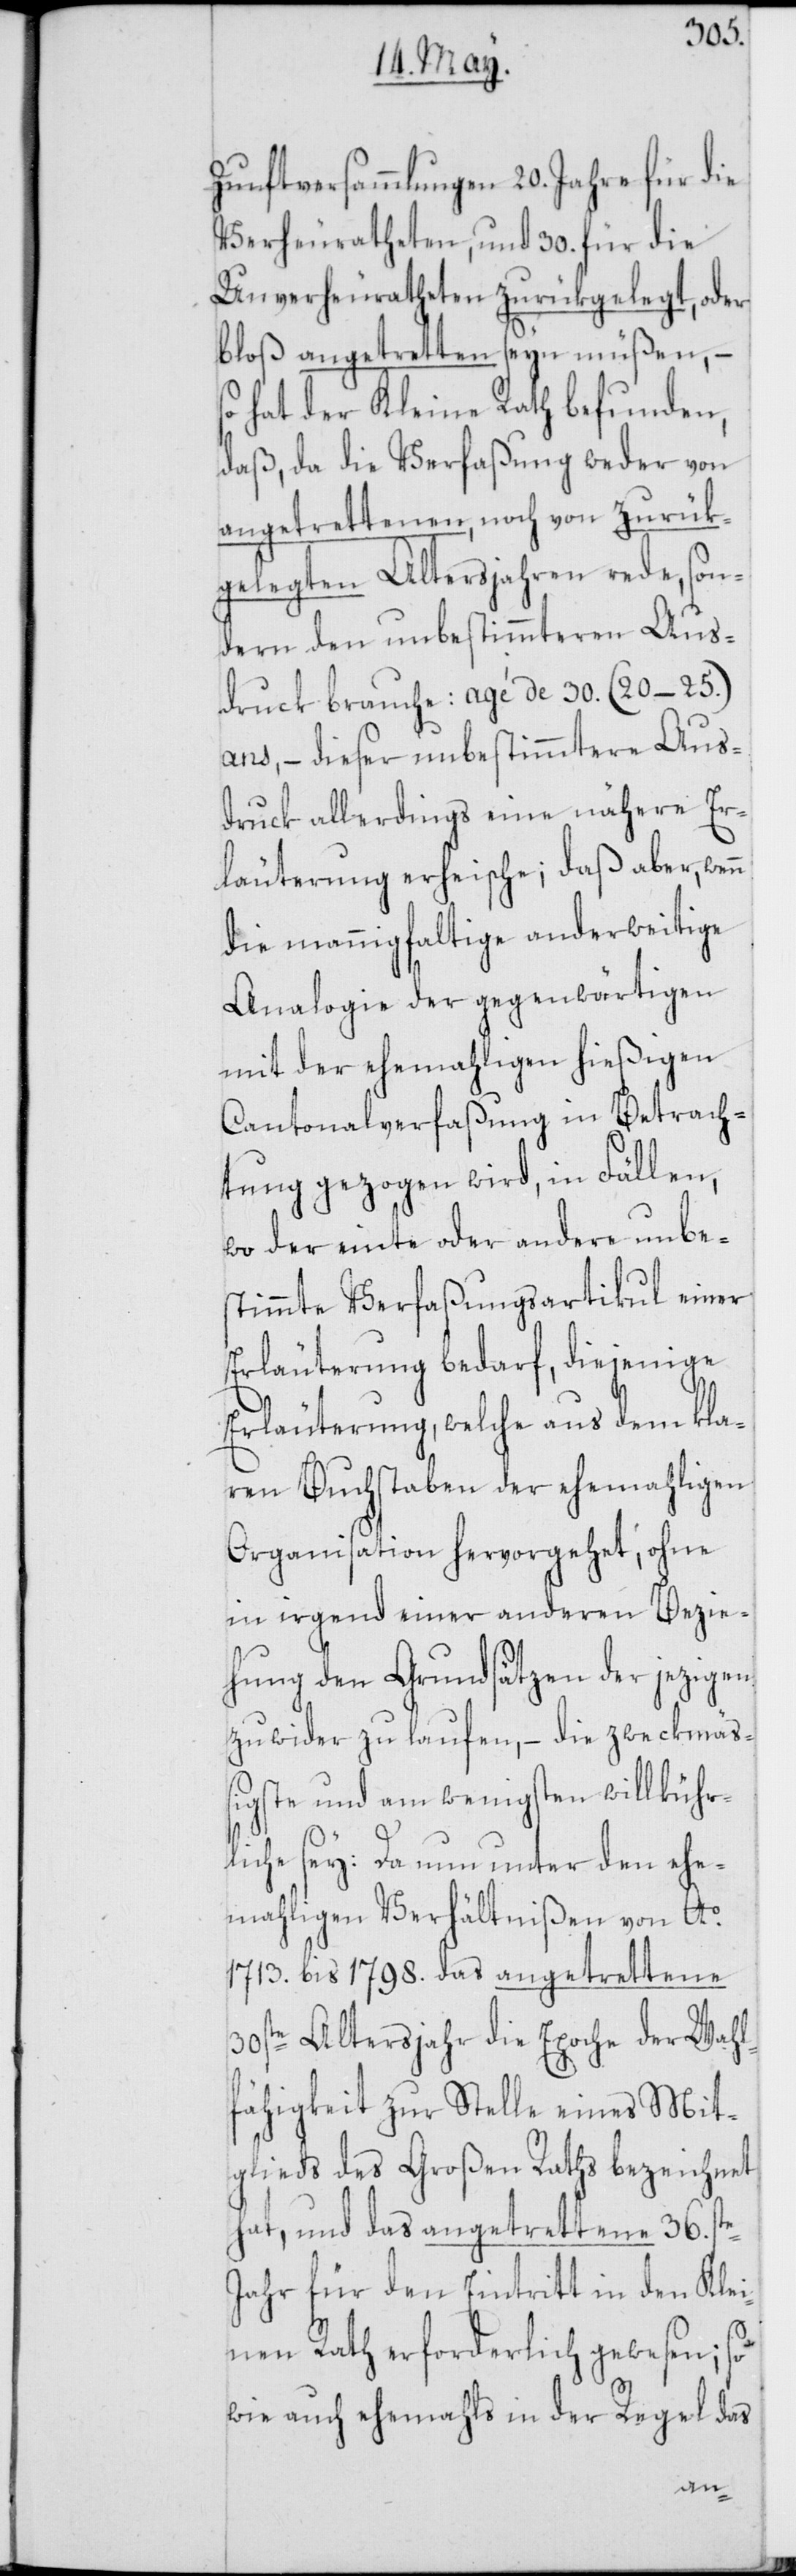
Zunftversammlungen 20. Jahre für die
Verheuratheten, und 30. für die
Unverheuratheten zurükgelegt, oder
bloß angetretten seyn müßen, –
hat der Kleine Rath befunden,
daß, da die Verfaßung weder von
angetrettenen, noch von zurük¬
gelegten Altersjahren rede, son¬
dern den unbestimmteren Aus¬
druck brauche: agé de 30. (20–25.)
ans, – dieser unbestimmtere Aus¬
druck allerdings eine nähere Er¬
läuterung erheische; daß aber, wenn
die mannigfaltige anderweitige
Analogie der gegenwärtigen
mit der ehemahligen hießigen
Cantonalverfaßung in Betrach¬
tung gezogen wird, in Fällen,
wo der einte oder andere unbe¬
stimmte Verfaßungsartikul einer
Erläuterung bedarf, diejenige
Erläuterung, welche aus dem kla¬
ren Buchstaben der ehemahligen
Organisation hervorgehet, ohne
in irgend einer anderen Bezie¬
hung den Grundsätzen der jezigen
zu wider zu laufen, – die zweckmäß¬
igste und am wenigsten willkühr¬
liche sey: Da nun unter den ehe¬
mahligen Verhältnißen von Ao.
1713. bis 1798. das angetrettene
30ste Altersjahr die Epoche der Wahl¬
fähigkeit zur Stelle eines Mit¬
glieds des Großen Raths bezeichnet
hat, und das angetrettene 36ste.
Jahr für den Eintritt in den Klei¬
nen Rath erforderlich gewesen; so
wie auch ehemahls in der Regel das